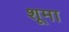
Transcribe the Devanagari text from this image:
शूमा